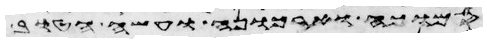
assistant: כל אשר עשה והנה טוב